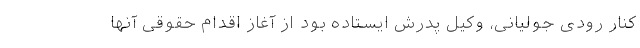
کنار رودی جولیانی، وکیل پدرش ایستاده بود از آغاز اقدام حقوقی آنها